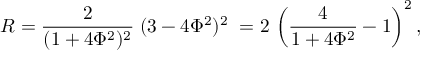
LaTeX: { \cal R } = { \frac 2 { ( 1 + 4 \Phi ^ { 2 } ) ^ { 2 } } \; } ( 3 - 4 \Phi ^ { 2 } ) ^ { 2 } \; = 2 \, \left( { \frac 4 { 1 + 4 \Phi ^ { 2 } } - 1 } \right) ^ { 2 } ,